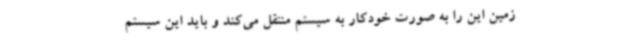
زمین این را به صورت خودکار به سیستم منتقل می‌کند و باید این سیستم